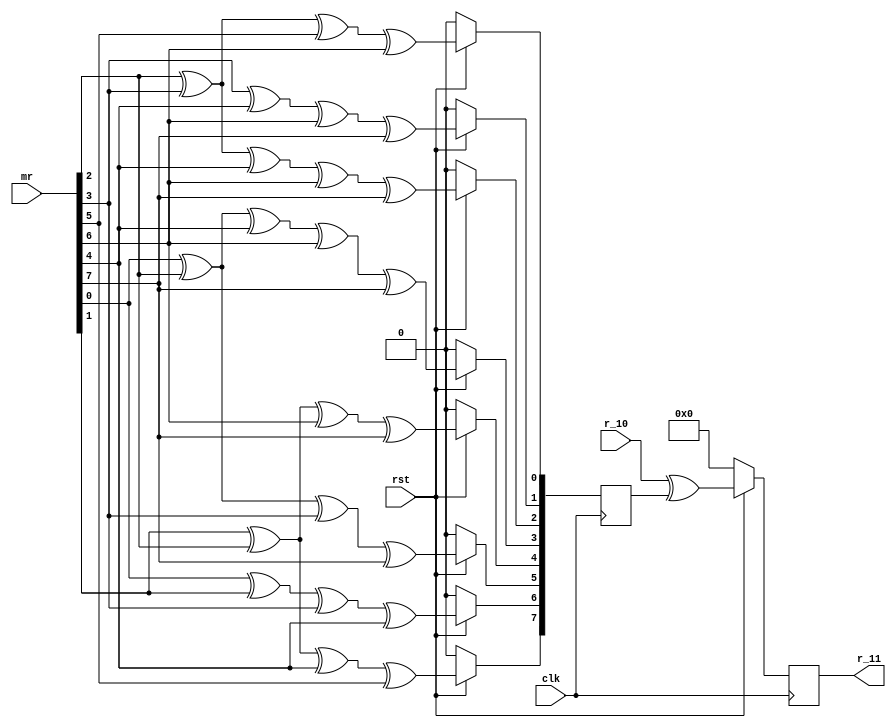
`timescale 1ns / 1ps


module mux_11(
    input clk,
	 input rst,
	 input[7:0] mr,
	 input[7:0] r_10,
	 output[7:0] r_11
    );
wire[7:0] a_11;
reg[7:0] g_11;
reg[7:0] r11;

assign a_11 = mr;

 always @(posedge clk)                            //g11m+r
  begin
  if(!rst)
   begin
	g_11<=0;
	r11<=0;
	end
  else
   begin
    g_11[0]<=a_11[2]^a_11[3]^a_11[5]^a_11[6];	
	 g_11[1]<=a_11[3]^a_11[4]^a_11[6]^a_11[7];	
	 g_11[2]<=a_11[2]^a_11[3]^a_11[4]^a_11[6]^a_11[7];	
    g_11[3]<=a_11[0]^a_11[2]^a_11[4]^a_11[6]^a_11[7];	
    g_11[4]<=a_11[1]^a_11[2]^a_11[6]^a_11[7];	
	 g_11[5]<=a_11[0]^a_11[2]^a_11[3]^a_11[7];	
	 g_11[6]<=a_11[0]^a_11[1]^a_11[3]^a_11[4];	
	 g_11[7]<=a_11[1]^a_11[2]^a_11[4]^a_11[5];
	 r11<=r_10^g_11;
	end
 end
 
assign 	 r_11=r11;

endmodule